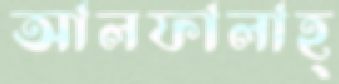
আলফালাহ্